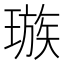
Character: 𪼕